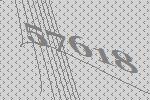
57618